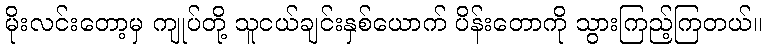
မိုးလင်းတော့မှ ကျုပ်တို့ သူငယ်ချင်းနှစ်ယောက် ပိန်းတောကို သွားကြည့်ကြတယ်။